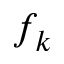
f _ { k }